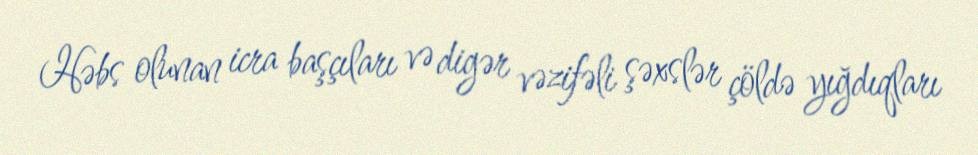
Həbs olunan icra başçıları və digər vəzifəli şəxslər çöldə yığdıqları